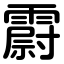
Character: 霨